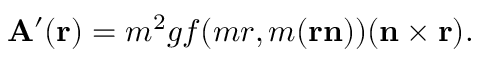
{ \bf A } ^ { \prime } ( { \bf r } ) = m ^ { 2 } g f ( m r , m ( { \bf r } { \bf n } ) ) ( { \bf n } \times { \bf r } ) .